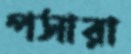
পসারা